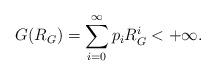
LaTeX: \begin{align*}G(R_G)=\sum_{i=0}^{\infty} p_iR_G^i <+\infty.\end{align*}